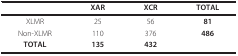
<table><thead><tr><td></td><td><b>XAR</b></td><td><b>XCR</b></td><td><b>TOTAL</b></td></tr></thead><tbody><tr><td>XLMR</td><td>25</td><td>56</td><td><b>81</b></td></tr><tr><td>Non-XLMR</td><td>110</td><td>376</td><td><b>486</b></td></tr><tr><td><b>TOTAL</b></td><td><b>135</b></td><td><b>432</b></td><td></td></tr></tbody></table>